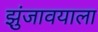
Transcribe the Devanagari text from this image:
झुंजावयाला